Annual report on the health of the army in India
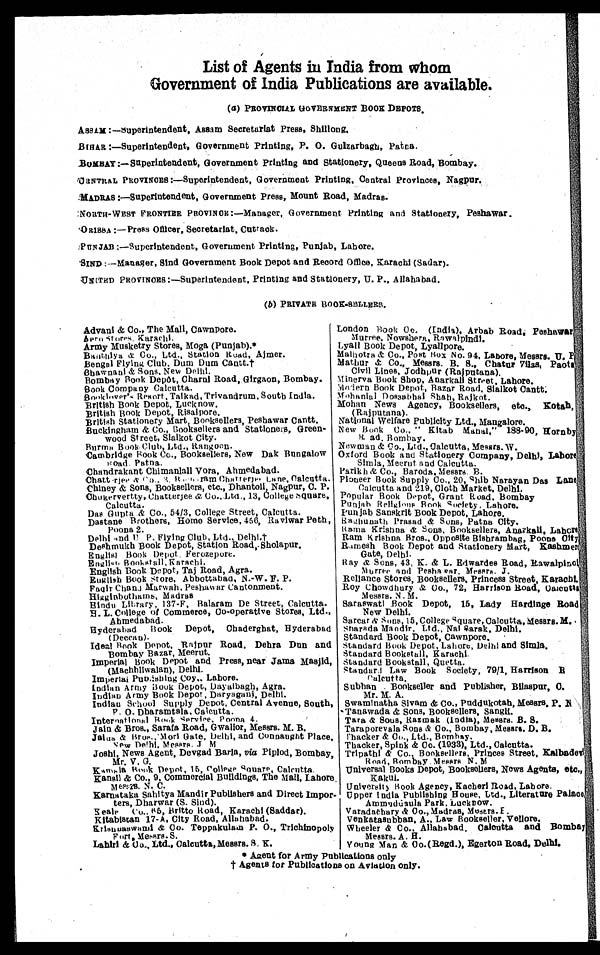
List of Agents in India from whom
Government of India Publications are available.
(a) PROVINCIAL GOVERNMENT BOOK DEPOTS.
ASSAM :—Superintendent, Assam Secretariat Press, Shillong.
BIHAR :—Superintendent, Government Printing, P. 0. Guizarbagh,Patna.
BOMBAY :— Superintendent, Government Printing and Stationery, Queens Road,Bombay
.
CENTRALPROVINOES :—Superintendent, Government Printing, Central Provinces, Nagpur.
MADRAS :—Superintendent, Government Press, Mount Road, Madras.
NORTH-WEST FRONTIER PROVINOK:—Manager , Government Printing Stationery Peshawar.
ORISSA :—Press Officer, Secretarlat, Cuttack.
PUNJAB :—Superintendent, Government Printing, Punjab, Lahore.
SIND :—Manager, Sind Government Book Depot and Record Office, Karachi (Sadar).
UNITED PROVINCES:—Superintendent, Printing and Stationery, U. P., Allahabad.
(b) PRIVATE BOOK-SELLERS.
'
Advani & Co., The Mall, Cawnpore.
Aerostores Karachi.
Army Musketry Stores, Moga (Punjab).*
Bhathlya &. Co., Ltd., Station Road, Ajmer.
Bengal Flying Club, Dum Dum Cantt.
†
Bhawanani & Sons, New Delhi.
Bombay Book Depôt, Charni Road, Girgaon, Bombay.
Book Company Calcutta.
Booklover's Resort, Talkad, Trivandrum, South India.
British Book Depot, Luck now.
British Book Depot, Risalpore.
British Stationery Mart Booksellers, Peshawar Cantt.
Buckingham & Co., Booksellers and Stationers, Green--
wood Street, Sialkot City.
Burma Book Club, Ltd., Rangoon.
Cambridge Book Co., Booksellers, New Dak Bungalow
Road. Patna.
Chandrakant Chimanlall Vora, Ahmedabad.
Chatt-rjee&Co.,3 Road ram Chatterjee. Lane, Calcutta.
Chiney & Sons, Booksellers, etc., Dhantoll, Nagpur, C. P.
Chukervertty, Chatterjee & Co., Ltd., 13, College square,
Calcutta.
Das Gupta & Co., 54/3, College Street, Calcutta.
Dastane Brothers, Home Service, 456, Raviwar Peth,
Poona 2.
Delhi ,,nd U P. Flying Club, Ltd., Delhl.†
Deshmukh Book Depot, Station Road, Sholapur
.English Book Depot Ferozepore.
English., Bookstall, Karachi.
English Book Depot, Taj Road, Agra.
English Book store, Abbottabad, N.-W. F. P.
Faqir Chanj Marwah, Peshawar Cantonment.
Higglobothams, Madras
Hindu Library, 137-F, Balaram De Street, Calcutta.
H. L. College of Commerce, Co-operative Stores, Ltd.,
Ahmedabad.
Hyderabad Book Depot,chaderghat, Hyderabad
(Deccan).
Ideal Book Depot, Rajpur Road, Debra Dun and
Bombay Bazar, Meerut.
Imperial Book Depot and Press, near Jama Masjid,
(Machhliwalan), Delhi.
Imperial Publishing.Coy– Lahore.
Indian Army Book Depot, Dayalbagh, Agra.
Indian Army Book Depot, Daryagani, Delhi.
Indian School Supply Depot, Central Avenue, South,
P. O. Dharamtala, Calcutta.
International Book Service, Poona 4.
Jain & Bros., Sarafa Road, Gwaliot, Messrs. M. B.
Jaiua Bros.,Mori Gate, Delhi, and Connaught Place.
New Delhi. Messrs.J M
Joshi, News Agent, Devgad Baria, via Piplod, Bombay,
Mr. V. G.
Kamala Book Depot, 15, College souare, Calcutta.
Kansil & Co., 9, Commercial Buildings, The Mall, Lahore
Messrs. N. C.
Karnataka Sahitya Mandir Publishers and Direct Impor
ters, Dharwar (S. Sind).
ealt Co., 85, Britto Road, Karachi (Sadder),
Kitabistan 17-A, City Road, Allahabad.
Krishnaswami& Co. Teppakulam P. 0., Trichinopoly
Fort, Messrs. S.
Lahiri & Co., Ltd., Calcutta, Messrs. S. K.
London Book Co. (India), Arbab Road, Peshawar.,
Murree. Nowshera.Rawalpindi.
Lyall Book Depot, Lyallpore.
Malhotra & Co., Post Box No. 94, Lahore, Messrs. U.
Mathur & Co., Messrs. B. S., Chatur Vilas, Paot
Civil Lines, Jodhpur (Rajputana),
Minerva Book Shop, Anarkali Street, Lahore.
Madorn Book Depot, Bazar Road, Sialkot Cantt.
Mohanlal Dossabhal Shah, Rajkot.
Mohan News Agency, Booksellers, etc., Kotah,
(Rajputana).
National Welfare Publicity Ltd., Mangalore.
New Book Co., " Kitab Mahal," 188-90, Hornby
Road, Bombay.
Newman & Co., Ltd., Calcutta, Messrs. W.
Oxford Book and Stationery Company, Delhi, Lahore
Simla, Meerut and Calcutta.
Parikh & Co., Baroda, Messrs. B.
Pioneer Book Supply Co., 20, shib Narayan Das Lane
Calcutta and 219, Cloth Market, Delhi.
Popular Book Depot, Grant Road, Bombay
Punjab Religious Book Society, Lahore.
Punjab Sanskrit Book Depot, Lahore.
Baghunath prasad & Sons, Patna City.
Rama Krishna & Sons, Booksellers, Anarkali, Lahore
Ram Krishna Bros., Opposite Bishrambag, Poona City
Ramesh Book Depot and Stationery Mart, Kashmer
Gate, Delhi.
Ray & Sons, 43, K. & L. Edwardes Rood, Rawalpino1,
Murree and Peshawar, Messrs. J.
Reliance Stores, Booksellers, Princess Street, Karachi.
Roy Chowdhury & Co., 72, Harrison Road,
Calcutta Messrs. N. M.
Saraswati Book Depot, 15, Lady Hardinge Road
New Delhi.
Sarcar& sons, 15, College square, Calcutta, Messrs. M.
sharada Mandir, Ltd., Nal sarak, Delhi.
Standard Book Depot, Cawnpore.
Standard Book Depot, Lahore, Delhi and Simla,
Standard Bookstall, Karachi.
Standard Bookstall, Quetta.
Standar, Law Book Society, 79/1, Harrison E
Calcutta,
Subhan . Bookseller and Publisher, Bilaspur, C,
Mr. M. A.
Swaminatha Sivam & Co., Puddukotah, Messrs, P. N
'Tanawada & Sons, Booksellers, Sangli.
Tara & Sons, Razmak (India), Messrs. B. S.
Taraporevala Sons Co., Bombay, Messrs. D. B.
T'hacker & Co., Ltd., Bombay.
Thacker, Spink &Co. (1933), Ltd., Calcutta.
Tripathi & Co., Booksellers, Princes Street, Kalbadev
Road, Bombay. Messrs N.M
Universal Books Depot, Booksellers, News Agents, etc,,
Rakul.
University Book Agency, Kacheri Road. Lahore.
Upper India Publishing House, Ltd., Literature Palace
Ammyduaula Park, Lucknow.
Veradathary & Co., Madras, Messrs. E .
Venkatasubban, A., Law Bookseller. Vellore.
Wheeler & Co., Allahabad, Calcutta and Bombay
Messrs. A. H.
young Man & 0o. ( Regd.), Egerton Road, Delhi.
* Anent for Army Publications only
t Agents for Publications on Aviation only.